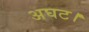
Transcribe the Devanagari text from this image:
अघट।